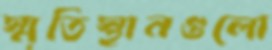
স্মৃতিস্থানগুলো